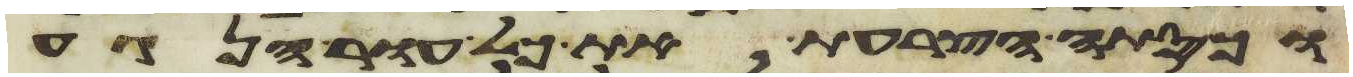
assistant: וכסתה הצרעת את כל עור הנגע